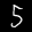
Label: 5